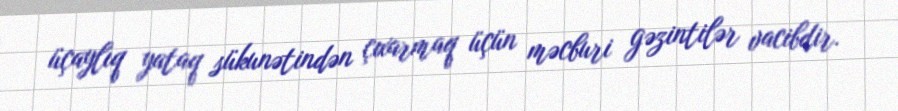
üçaylıq yataq sükunətindən çıxarmaq üçün məcburi gəzintilər vacibdir.